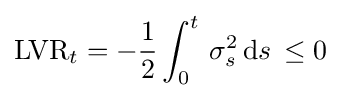
{\text{LVR}}_{t}=-{\frac {1}{2}}\int _{0}^{t}\,\sigma _{s}^{2}\,{\text{d}}s\,\leq 0